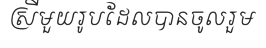
ស្រីមួយរូបដែលបានចូលរួម